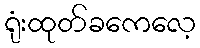
ရုံးထုတ်ခကေလေ့